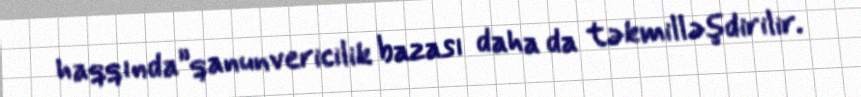
haqqında”qanunvericilik bazası daha da təkmilləşdirilir.